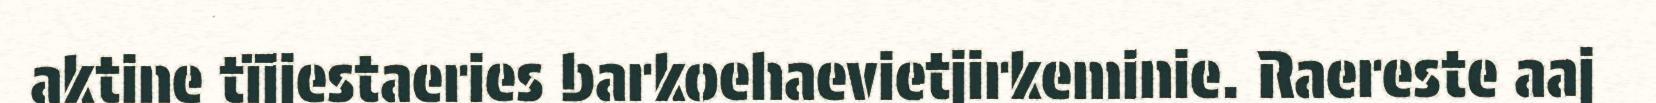
aktine tïjjestaeries barkoehaevietjirkeminie. Raereste aaj